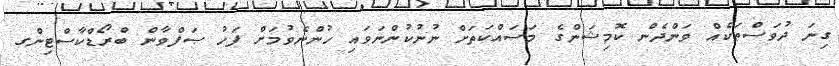
ގިނަ ދުވަސްތަކެއް ވަންދެން ކޮމިޝަންގެ މަސައްކަތަށް ނުނުކުންނަވައި ހުންނެވުމަށް ފަހު ޞަފްވާން ބްރޯޑްކާސްޓިންގ